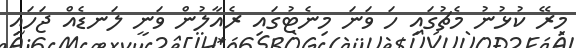
މިރޭ ކުޅުނު މެޗުގައި ހަ ވަނަ މިނެޓުގައި ރެއާލުން ވަނީ ލަނޑެއް ޖަހައި